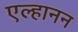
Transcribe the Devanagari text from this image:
एल्हानन